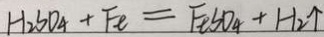
H _ { 2 } S O _ { 4 } + F e = F e S O _ { 4 } + H _ { 2 } \uparrow